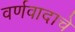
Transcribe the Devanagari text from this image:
वर्णवादाचे